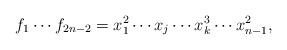
LaTeX: \begin{align*}f_1\cdots f_{2n-2}=x_1^2\cdots x_j\cdots x_{k}^3\cdots x_{n-1}^2,\end{align*}